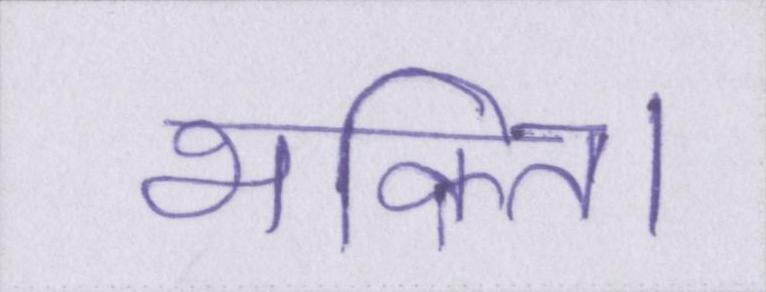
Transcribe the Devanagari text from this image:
भक्ति।